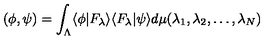
\left( \phi , \psi \right) = \int _ { \Lambda } \langle \phi | F _ { \lambda } \rangle \langle F _ { \lambda } | \psi \rangle d \mu ( \lambda _ { 1 } , \lambda _ { 2 } , \dots , \lambda _ { N } )